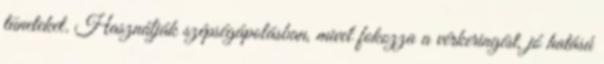
tüneteket. Használják szépségápolásban, mivel fokozza a vérkeringést, jó hatású